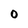
Character: 0